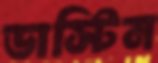
ডাস্টিন